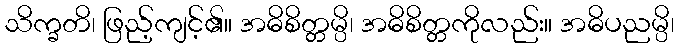
သိက္ခတိ၊ ဖြည့်ကျင့်၏။ အဓိစိတ္တမ္ပိ၊ အဓိစိတ္တကိုလည်း။ အဓိပညမ္ပိ၊